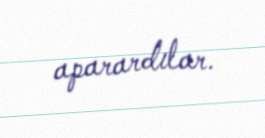
aparardılar.